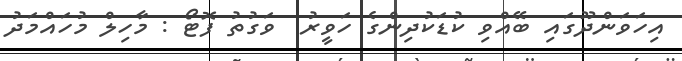
އިހަވަންދޫގައި ބޭއްވި ކުޑަކުދިންގެ ހަވީރު  ވަގުތު ފޮޓޯ : މާހިލް މުހައްމަދު